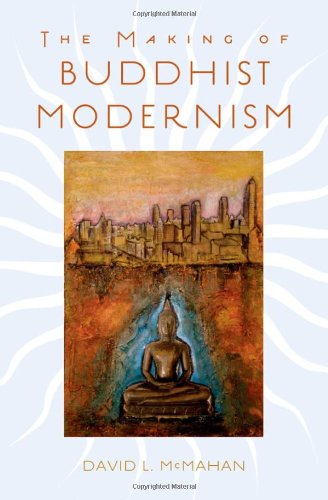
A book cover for The Making of Buddhist Modernism; David L. McMahan; Religion & Spirituality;